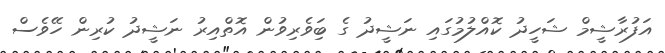
އަފުރާޝީމް ޝަހީދު ކޮއްލުމުގައި ނަޝީދު ގެ ބަިވެރިވުން އޮތްއިރު ނަޝީދު ކުރިން ހޭވެސް